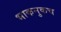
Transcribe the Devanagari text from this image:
भाकनुकच